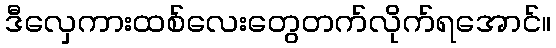
ဒီလှေကားထစ်လေးတွေတက်လိုက်ရအောင်။